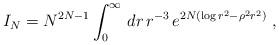
LaTeX: \begin{align*}I_N=N^{2N-1}\int_0^\infty\, dr\,r^{-3}\,e^{2N(\log r^2-\rho^2r^2)}\ ,\end{align*}